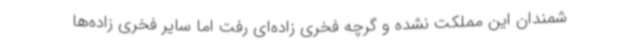
شمندان این مملکت نشده و گرچه فخری زاده‌ای رفت اما سایر فخری زاده‌ها